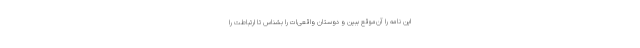
این نامه را آن‌موقع ببین و دوستان واقعی‌ات را بشناس تا ارتباطت را